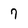
Character: 7